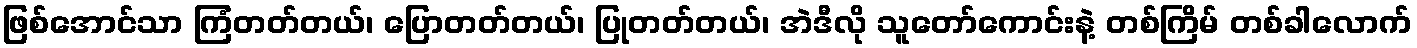
ဖြစ်အောင်သာ ကြံတတ်တယ်၊ ပြောတတ်တယ်၊ ပြုတတ်တယ်၊ အဲဒီလို သူတော်ကောင်းနဲ့ တစ်ကြိမ် တစ်ခါလောက်